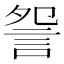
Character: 𧧁